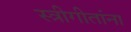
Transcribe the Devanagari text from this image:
स्त्रीगीतांना